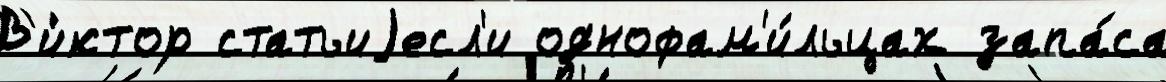
В'и́ктор статьиjесл'и однофам'и́льцах запа́са